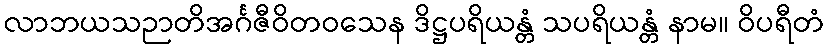
လာဘယသဉာတိအင်္ဂဇီဝိတဝသေန ဒိဋ္ဌပရိယန္တံ သပရိယန္တံ နာမ။ ဝိပရီတံ